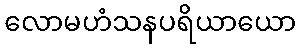
လောမဟံသနပရိယာယော